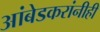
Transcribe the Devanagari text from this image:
आंबेडकरांनीही